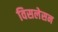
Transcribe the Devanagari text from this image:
विसलेसन